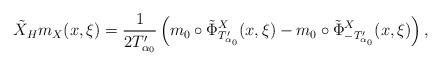
LaTeX: \begin{align*}\tilde{X}_Hm_X(x,\xi)=\frac{1}{2T_{\alpha_0}'}\left(m_0\circ\tilde{\Phi}^X_{T_{\alpha_0}'}(x,\xi)-m_0\circ\tilde{\Phi}^X_{-T_{\alpha_0}'}(x,\xi)\right),\end{align*}